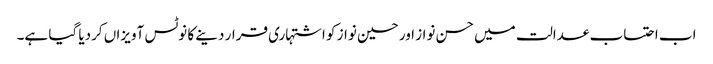
اب احتساب عدالت میں حسن نواز اور حسین نواز کو اشتہاری قرار دینے کا نوٹس آویزاں کردیا گیا ہے۔